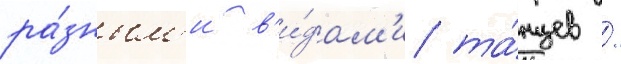
ра́зным'и в'и́дам'и та́нцев /